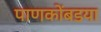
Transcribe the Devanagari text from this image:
पाणकोंबडया